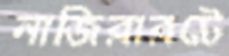
নাজিরারটে